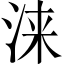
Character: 涞